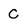
Character: c